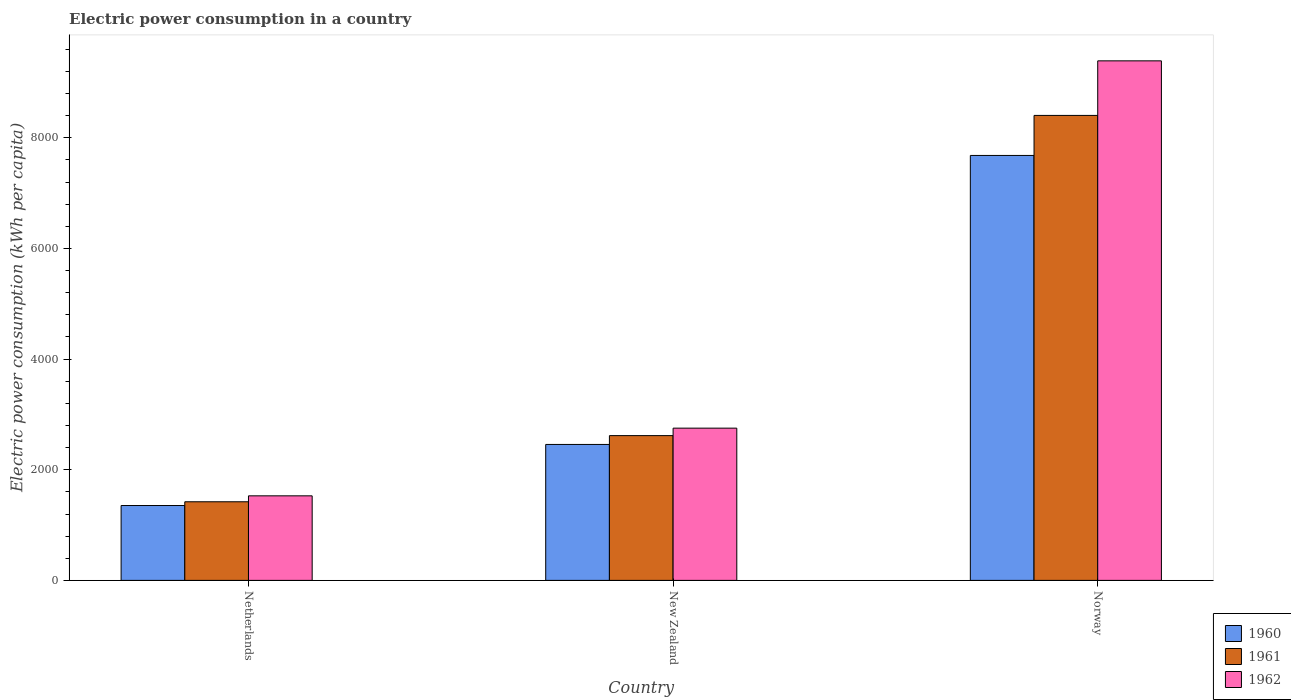
| Country | 1960 | 1961 | 1962 |
 | --- | --- | --- | --- |
 | Netherlands | 1.35e+03 | 1.42e+03 | 1.53e+03 |
 | New Zealand | 2.46e+03 | 2.62e+03 | 2.75e+03 |
 | Norway | 7.68e+03 | 8.4e+03 | 9.39e+03 |